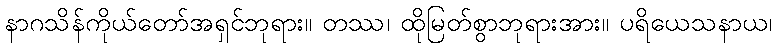
နာဂသိန်ကိုယ်တော်အရှင်ဘုရား။ တဿ၊ ထိုမြတ်စွာဘုရားအား။ ပရိယေသနာယ၊